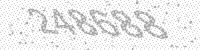
Solution: 248688